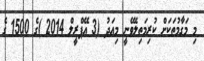
މި މަގާމުތަކަށް ކުރިމަތިލެވޭނީ މިއަދު (3 އޭޕްރީލް 2014 )ގެ 1500 ގެ